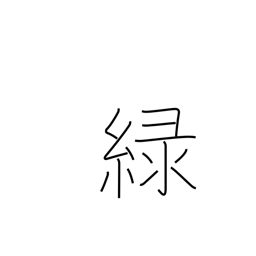
Meaning: green